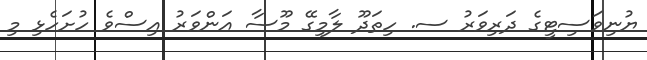
ޔުނިވަސިޓީގެ ދަރިވަރު ސ. ހިތަދޫ ލާމިގޭ މޫސާ އަންވަރު އިސްވެ ހުށަހެޅި މި